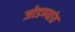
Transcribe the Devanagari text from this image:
जोडण्यांत